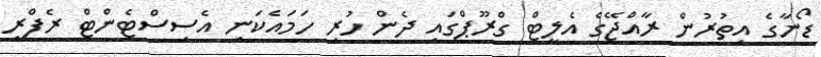
ޑޯނާގެ އިތުރުން ރާއްޖޭގެ އެލީޓް ގްރޫޕްގައި ދެން ހުރި ހަމައެކަނި އެސިސްޓެންޓް ރެފްރީ